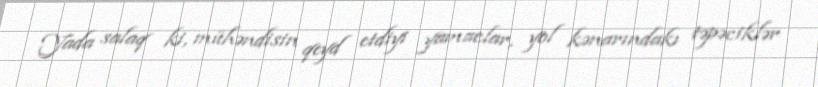
Yada salaq ki, mühəndisin qeyd etdiyi yamaclar, yol kənarındakı təpəciklər